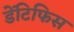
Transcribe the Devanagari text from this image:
डेंटिफिस